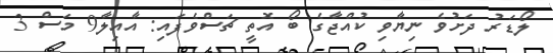
ލޯޑަރު ދަށުވެ ނިޔާވި ކުއްޖާގެ ބޯ އޮތީ ޗަސްވެފައި: އާއިލާ9 މަސް 3